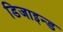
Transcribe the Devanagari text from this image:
डिजाइन्ड